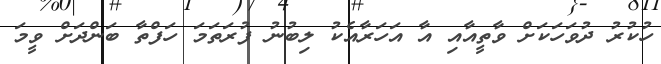
ހުކުރު ދުވަހަކަށް ވާތީއާއި އާ އަހަރާއެކު ލިބުނު ފުރަތަމަ ހަފްތާ ބަންދަށް ވީމަ